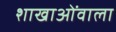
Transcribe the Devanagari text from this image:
शाखाओंवाला